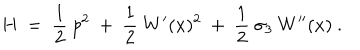
LaTeX: H ~ = ~ { \frac { 1 } { 2 } } ~ p ^ { 2 } ~ + ~ { \frac { 1 } { 2 } } ~ W ^ { \prime } ( x ) ^ { 2 } ~ + ~ { \frac { 1 } { 2 } } ~ \sigma _ { 3 } ~ W ^ { \prime \prime } ( x ) ~ .